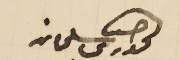
الحورى سلىمان